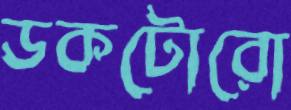
ডকটোরো